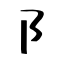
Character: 阝